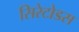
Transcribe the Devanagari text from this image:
सिरेटोडस